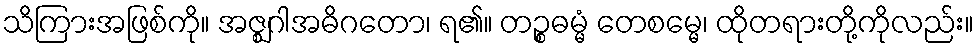
သိကြားအဖြစ်ကို။ အဇ္ဈဂါအဓိဂတော၊ ရ၏။ တဉ္စဓမ္မံ တေစမ္မေ၊ ထိုတရားတို့ကိုလည်း။